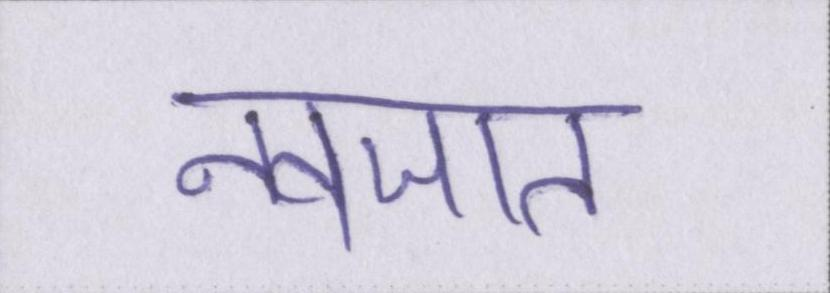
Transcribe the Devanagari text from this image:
नवजात